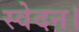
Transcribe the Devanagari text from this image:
स्वेदन।